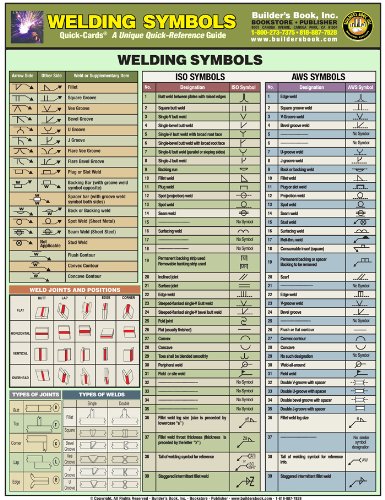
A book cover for Welding Symbols Laminated Quick Card; Builder's Book Inc.; Engineering & Transportation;